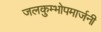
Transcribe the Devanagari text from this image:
जलकुम्भोपमार्जनी